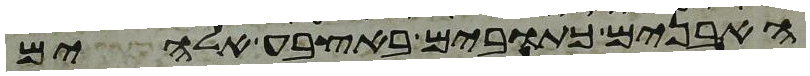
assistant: האבנים כתובים באצבע אלהים